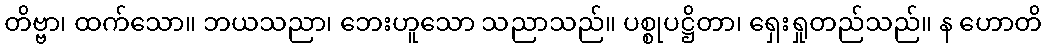
တိဗ္ဗာ၊ ထက်သော။ ဘယသညာ၊ ဘေးဟူသော သညာသည်။ ပစ္စုပဋ္ဌိတာ၊ ရှေးရှုတည်သည်။ န ဟောတိ